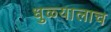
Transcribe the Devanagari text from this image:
धुळ्यालाच